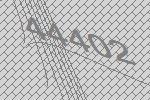
44402